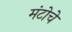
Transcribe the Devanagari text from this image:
मंटोचे